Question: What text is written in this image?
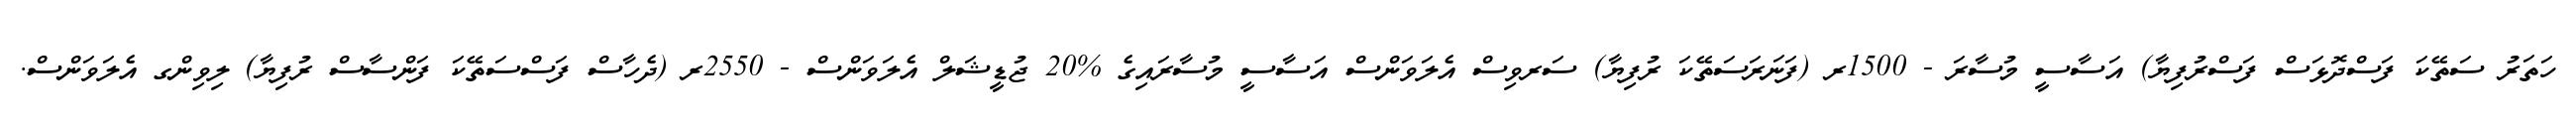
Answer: ހަތަރު ސަތޭކަ ފަސްދޮޅަސް ފަސްރުފިޔާ) އަސާސީ މުސާރަ - 1500ރ (ފަނަރަސަތޭކަ ރުފިޔާ) ސަރވިސް އެލަވަންސް އަސާސީ މުސާރައިގެ %20 ޖުޑީޝަލް އެލަވަންސް - 2550ރ (ދެހާސް ފަސްސަތޭކަ ފަންސާސް ރުފިޔާ) ލިވިންގ އެލަވަންސް.